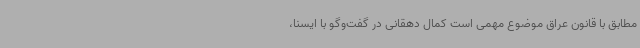
مطابق با قانون عراق موضوع مهمی است کمال دهقانی در گفت‌وگو با ایسنا،